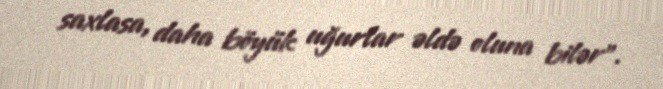
saxlasa, daha böyük uğurlar əldə oluna bilər”.